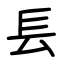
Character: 镸